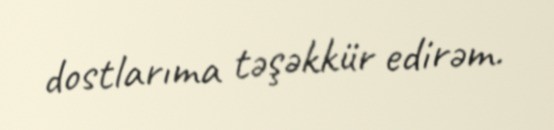
dostlarıma təşəkkür edirəm.